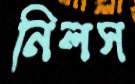
নিলস